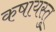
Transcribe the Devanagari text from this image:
कषायस्तु